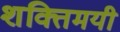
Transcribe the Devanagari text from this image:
शक्तिमयी